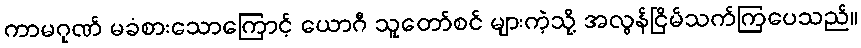
ကာမဂုဏ် မခံစားသောကြောင့် ယောဂီ သူတော်စင် များကဲ့သို့ အလွန်ငြိမ်သက်ကြပေသည်။